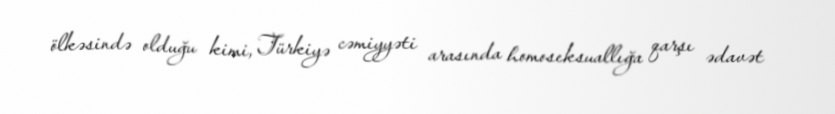
ölkəsində olduğu kimi, Türkiyə cəmiyyəti arasında homoseksuallığa qarşı ədavət